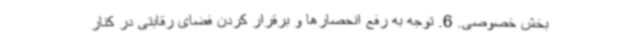
بخش خصوصی. 6. توجه به رفع انحصارها و برقرار کردن فضای رقابتی در کنار